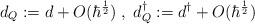
LaTeX: \begin{align*}d_Q := d + O(\hbar^{\frac{1}{2}}) \;, \; d_Q ^{\dagger} := d^{\dagger} + O(\hbar^{\frac{1}{2}})\end{align*}